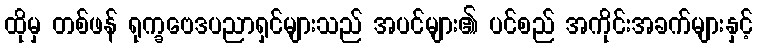
ထိုမှ တစ်ဖန် ရုက္ခဗေဒပညာရှင်များသည် အပင်များ၏ ပင်စည် အကိုင်းအခက်များနှင့်